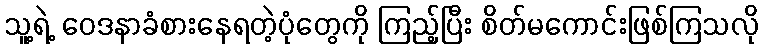
သူ့ရဲ့ ဝေဒနာခံစားနေရတဲ့ပုံတွေကို ကြည့်ပြီး စိတ်မကောင်းဖြစ်ကြသလို